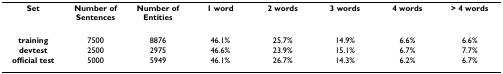
<table><thead><tr><td><b>Set</b></td><td><b>Number of Sentences</b></td><td><b>Number of Entities</b></td><td><b>1 word</b></td><td><b>2 words</b></td><td><b>3 words</b></td><td><b>4 words</b></td><td><b>&gt; 4 words</b></td></tr></thead><tbody><tr><td><b>training</b></td><td>7500</td><td>8876</td><td>46.1%</td><td>25.7%</td><td>14.9%</td><td>6.6%</td><td>6.6%</td></tr><tr><td><b>devtest</b></td><td>2500</td><td>2975</td><td>46.6%</td><td>23.9%</td><td>15.1%</td><td>6.7%</td><td>7.7%</td></tr><tr><td><b>official test</b></td><td>5000</td><td>5949</td><td>46.1%</td><td>26.7%</td><td>14.3%</td><td>6.2%</td><td>6.7%</td></tr></tbody></table>